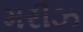
મરીઝ